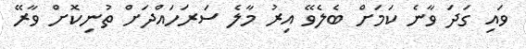
ވައި ގަދަ ވާނެ ކަމަށް ބެލެވޭ އިރު މާލެ ސަރަހައްދަށް ތުނިކޮށް ވާރޭ